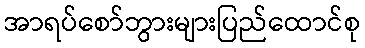
အာရပ်စော်ဘွားများပြည်ထောင်စု